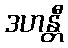
ဒဟန္တီ